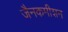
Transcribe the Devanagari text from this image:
जैनकमीशन